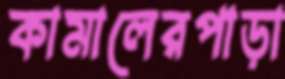
কামালেরপাড়া